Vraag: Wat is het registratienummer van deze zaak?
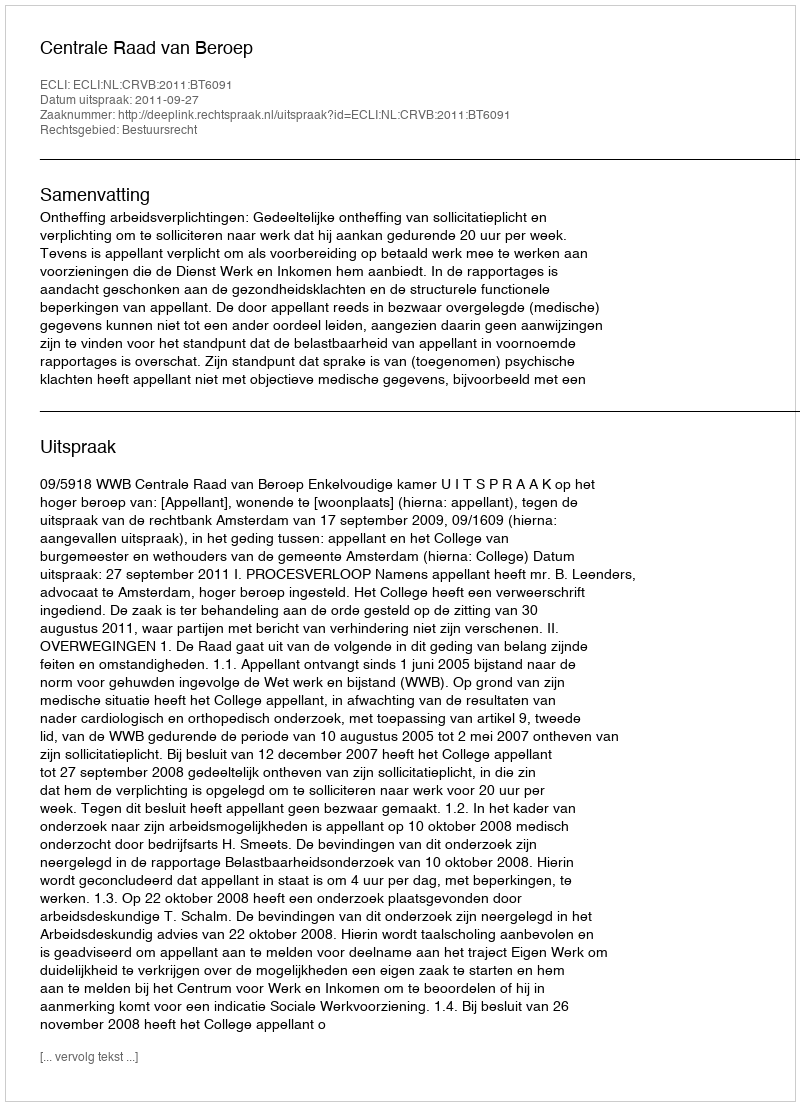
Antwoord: http://deeplink.rechtspraak.nl/uitspraak?id=ECLI:NL:CRVB:2011:BT6091